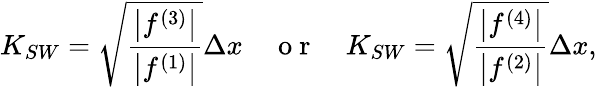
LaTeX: K_{SW}=\sqrt{\frac{\left|f^{(3)}\right|}{\left|f^{(1)}\right|}}\Delta x\quad\mathrm{~o~r~}\quad K_{SW}=\sqrt{\frac{\left|f^{(4)}\right|}{\left|f^{(2)}\right|}}\Delta x,